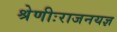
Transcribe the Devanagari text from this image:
श्रेणीःराजनयज्ञ